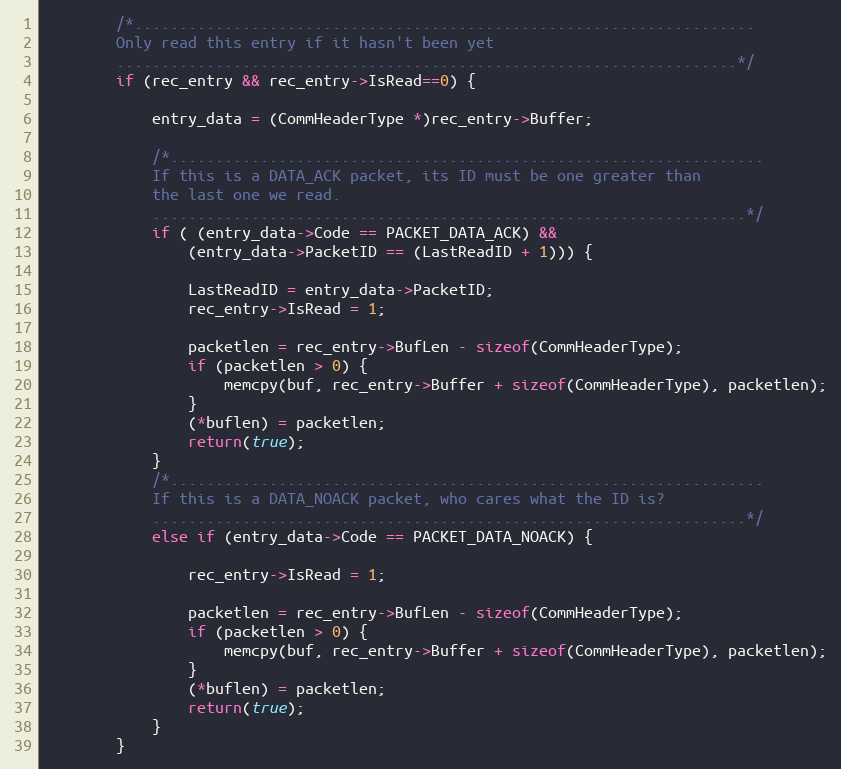
Language: C++
		/*.....................................................................
		Only read this entry if it hasn't been yet
		.....................................................................*/
		if (rec_entry && rec_entry->IsRead==0) {

			entry_data = (CommHeaderType *)rec_entry->Buffer;

			/*..................................................................
			If this is a DATA_ACK packet, its ID must be one greater than
			the last one we read.
			..................................................................*/
			if ( (entry_data->Code == PACKET_DATA_ACK) &&
				(entry_data->PacketID == (LastReadID + 1))) {

				LastReadID = entry_data->PacketID;
				rec_entry->IsRead = 1;

				packetlen = rec_entry->BufLen - sizeof(CommHeaderType);
				if (packetlen > 0) {
					memcpy(buf, rec_entry->Buffer + sizeof(CommHeaderType), packetlen);
				}
				(*buflen) = packetlen;
				return(true);
			}
			/*..................................................................
			If this is a DATA_NOACK packet, who cares what the ID is?
			..................................................................*/
			else if (entry_data->Code == PACKET_DATA_NOACK) {

				rec_entry->IsRead = 1;

				packetlen = rec_entry->BufLen - sizeof(CommHeaderType);
				if (packetlen > 0) {
					memcpy(buf, rec_entry->Buffer + sizeof(CommHeaderType), packetlen);
				}
				(*buflen) = packetlen;
				return(true);
			}
		}